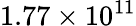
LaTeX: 1.77\times 10^{11}